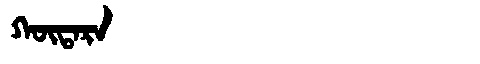
Manchu: ᡴᡡᡨᠠᡵᠠ
Romanization: KŪTARA